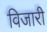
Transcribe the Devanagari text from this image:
विजारी